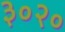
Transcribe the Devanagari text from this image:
३०२०